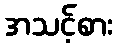
အသင့်စား